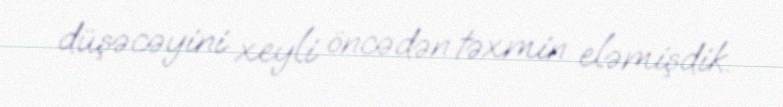
düşəcəyini xeyli öncədən təxmin eləmişdik.